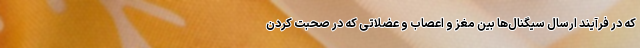
که در فرآیند ارسال سیگنال‌ها بین مغز و اعصاب و عضلاتی که در صحبت کردن